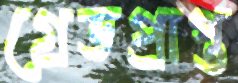
গ্রেডপ্রাপ্ত